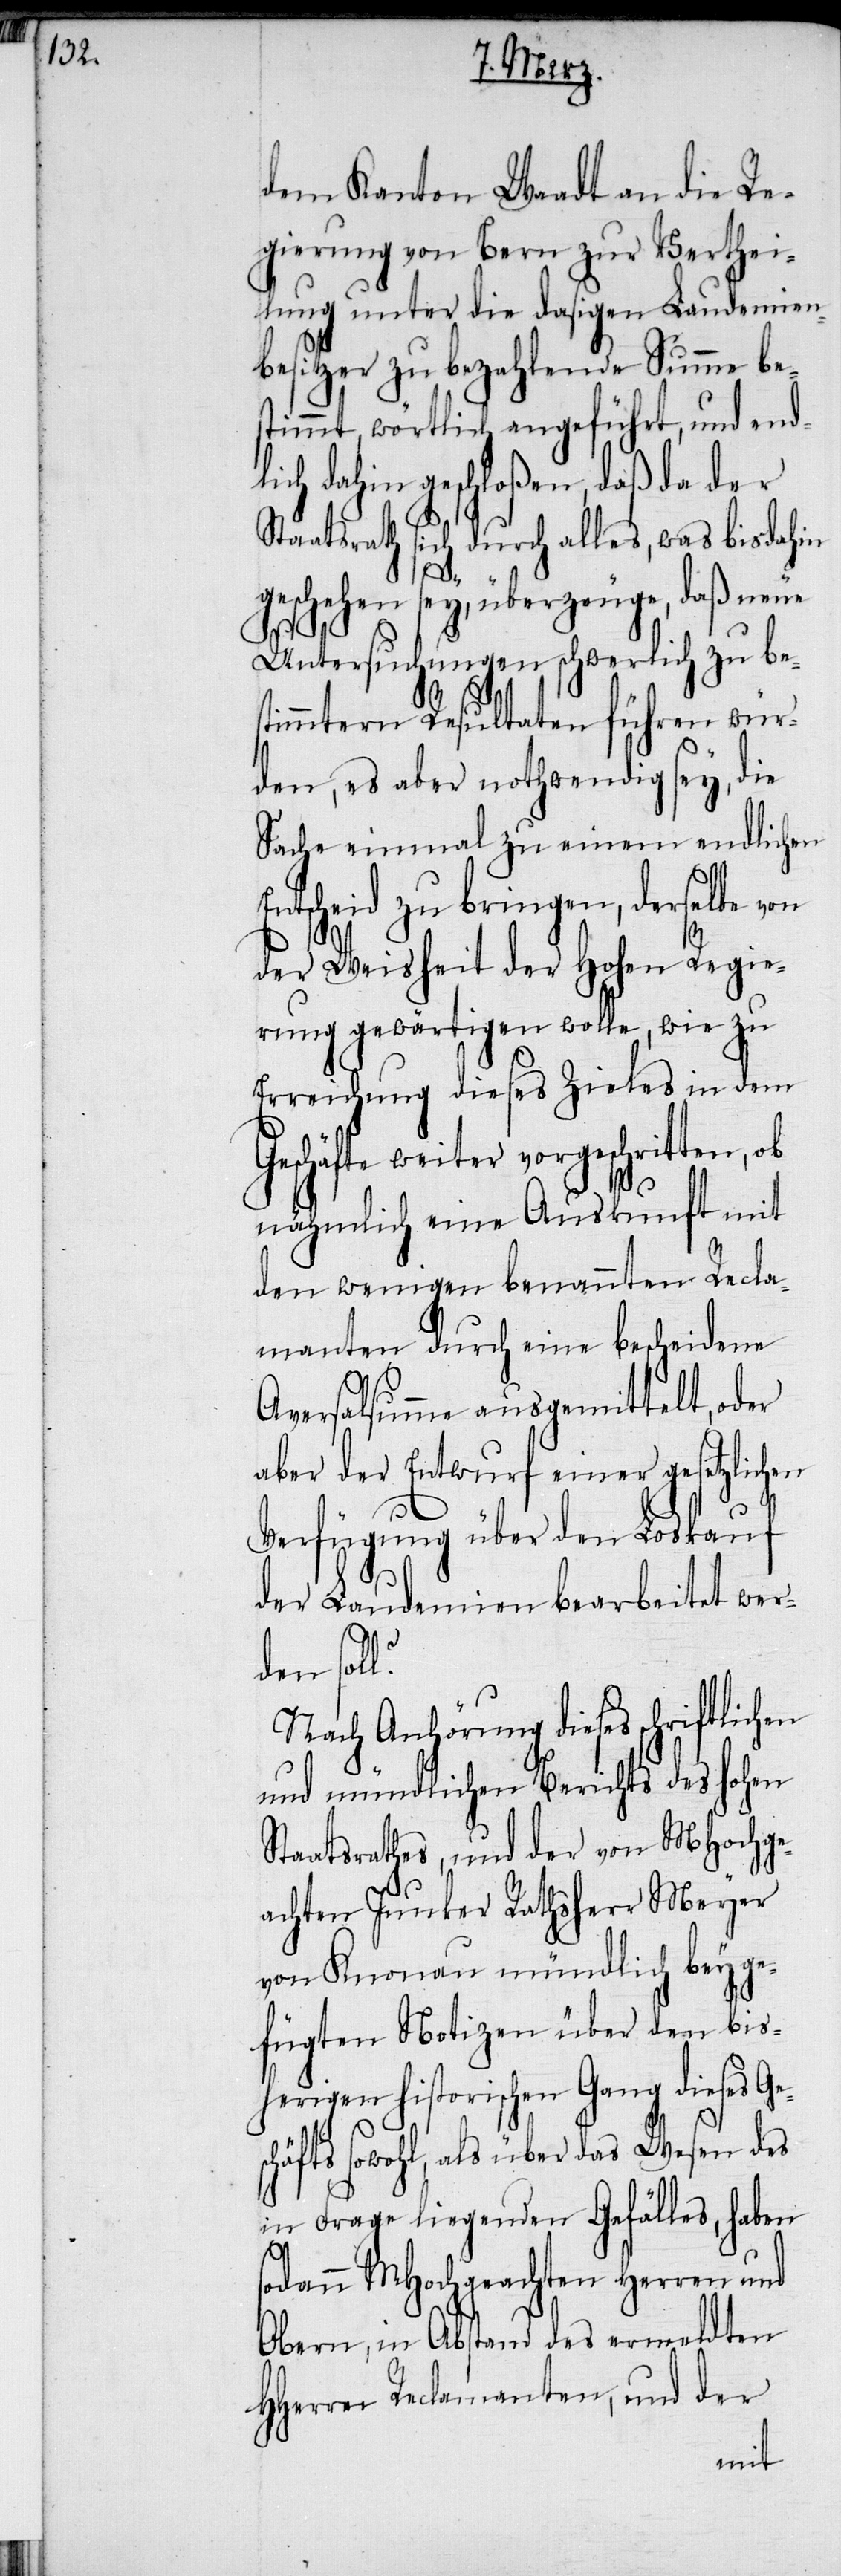
dem Kanton Waadt an die Re¬
gierung von Bern zur Verthei¬
lung unter die dasigen Laudemien¬
besitzer zu bezahlende Summe be¬
stimmt, wörtlich angeführt, und end¬
lich dahin geschloßen, daß da der
Staatsrath sich durch alles, was bis dah¬
s¬
geschehen sey, überzeuge, daß neue
Untersuchungen schwerlich zu bes¬
timmtern Resultaten führen wür¬
den, es aber nothwendig sey, die
Sache einmal zu einem endlichen
tscheid zu bringen, derselbe
der Weisheit der Hohen Regie¬
rung gewärtigen wolle, wie zu
Erreichung dieses Zieles in dem
eschäfte weiter vorgeschritten,
nähmlich eine Auskunft mit
den wenigen benannten Recla¬
manten durch eine bescheidene
En¬
Aversalsumme ausgemittelt, oder
aber der Entwurf einer gesetzlichen
Verfügung über den Loskauf
der Laudemien bearbeitet wer¬
den soll?
Nach Anhörung dieses schriftlichen
und mündlichen Berichts des hohen
Staatsrathes, und der von MHochge¬
achten Junker Rathsherr Meyer
von Knonau mündlich beyge¬
fügten Notizen über den bis¬
herigen historischen Gang dieses Ge¬
schäfts sowohl, als über das Wesen des
in Frage liegenden Gefälles, haben
odann MHochgeachten Herren und
Obern, in Abstand des ermeldten
HHerren Reclamanten, und der